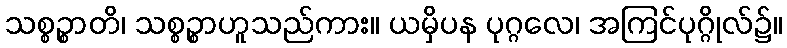
သစ္စဉ္စာတိ၊ သစ္စဉ္စာဟူသည်ကား။ ယမှိပန ပုဂ္ဂလေ၊ အကြင်ပုဂ္ဂိုလ်၌။